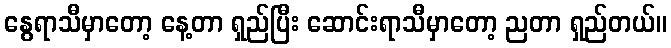
နွေရာသီမှာတော့ နေ့တာ ရှည်ပြီး ဆောင်းရာသီမှာတော့ ညတာ ရှည်တယ်။